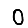
Digit: 0